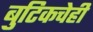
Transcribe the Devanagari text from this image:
बुटिकचेही